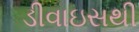
ડીવાઇસથી